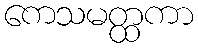
ကေသမတ္ထကာ